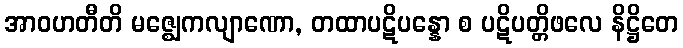
အာဝဟတီတိ မဇ္ဈေကလျာဏော, တထာပဋိပန္နော စ ပဋိပတ္တိဖလေ နိဋ္ဌိတေ